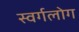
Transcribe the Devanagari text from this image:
स्वर्गलोग